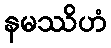
နမဿိဟံ